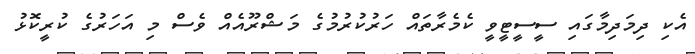
އެކި ދިމަދިމާގައި ސީސީޓީވީ ކެމެރާތައް ހަރުކުރުމުގެ މަޝްރޫއެއް ވެސް މި އަހަރުގެ ކުރީކޮޅު